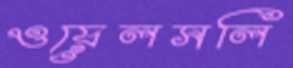
ওয়েলসলি